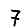
Digit: 7